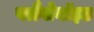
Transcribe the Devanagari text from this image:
फ्लैवोनॉइड